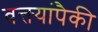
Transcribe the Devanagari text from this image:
वक्त्यांपैकी